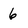
Character: 6